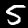
Label: 5